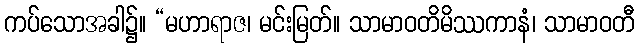
ကပ်သောအခါ၌။ “မဟာရာဇ၊ မင်းမြတ်။ သာမာဝတိမိဿကာနံ၊ သာမာဝတီ